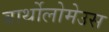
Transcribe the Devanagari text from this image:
बार्थोलोमेउस